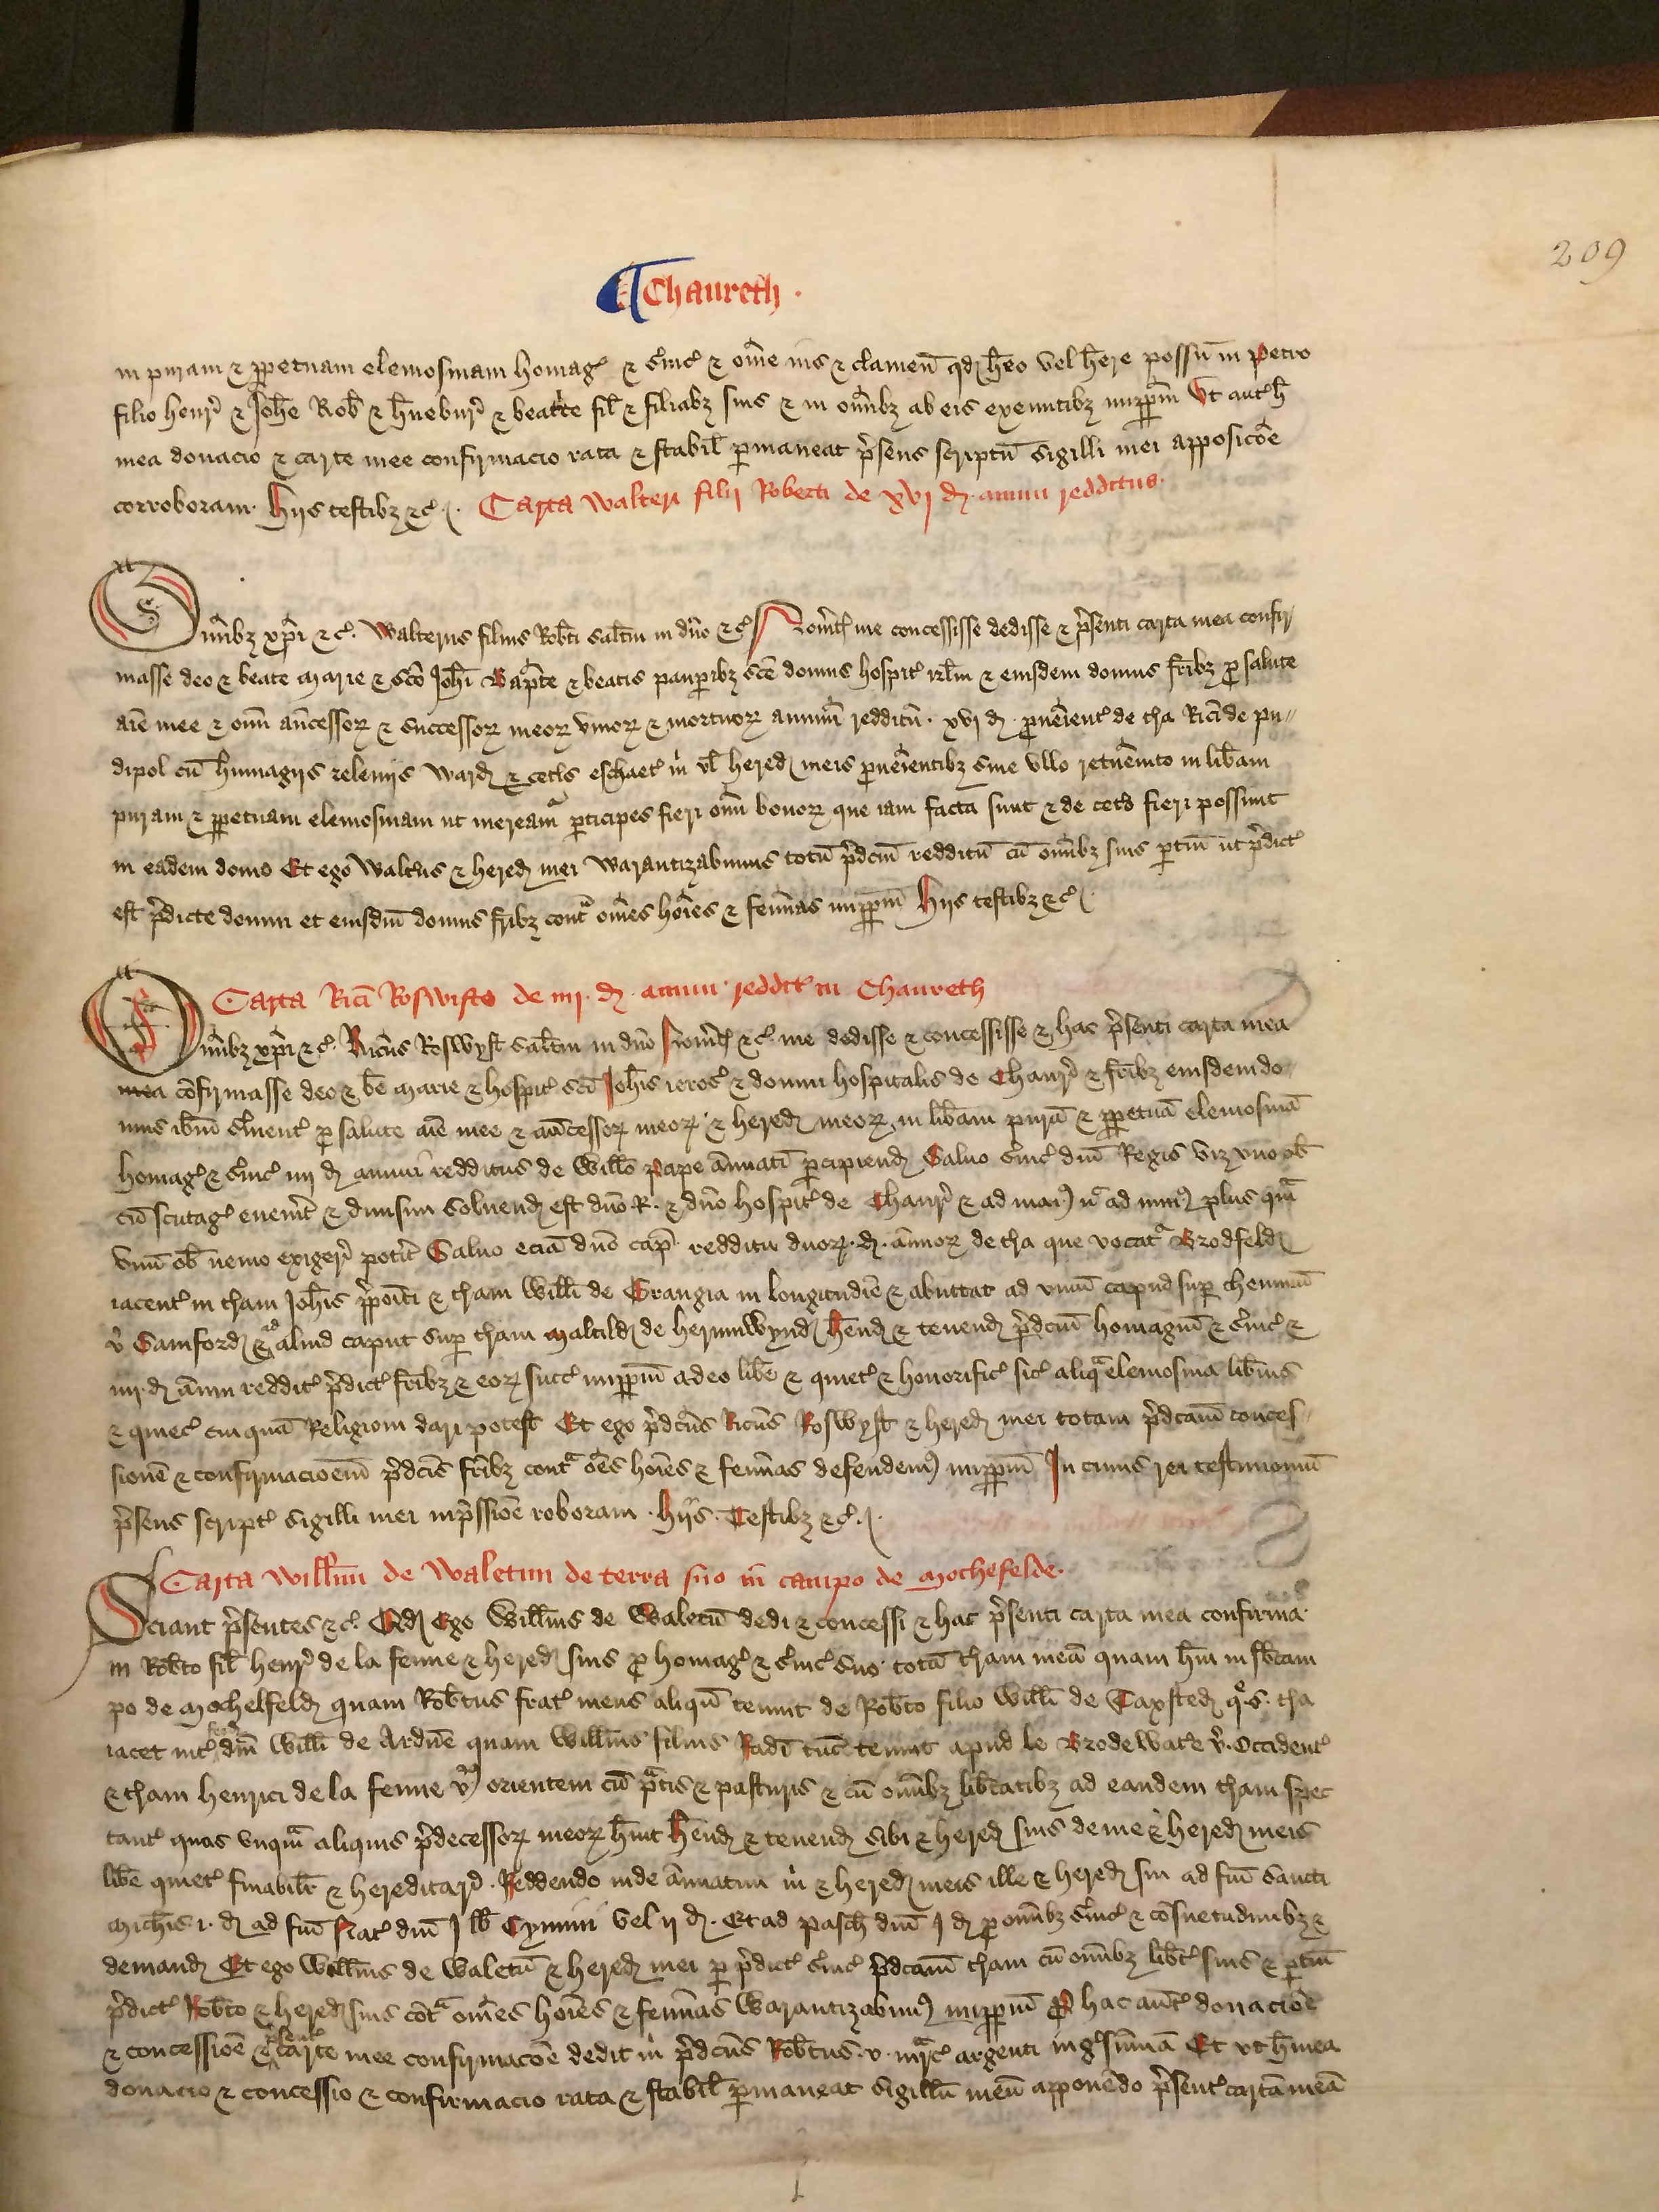
Shelfmark: London, British Library, Nero E VI
Century: 15